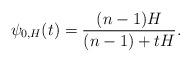
LaTeX: \begin{align*} \psi_{0,H}(t)=\frac{(n-1)H}{(n-1)+tH}. \end{align*}